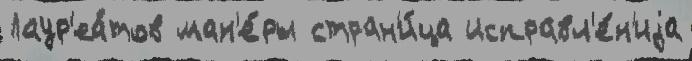
Лаур'еа́тов ман'е́ры стран'и́ца исправл'е́н'иjа